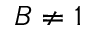
B \neq 1